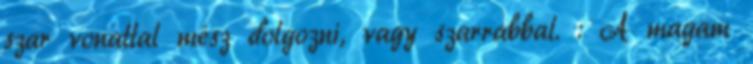
szar vonattal mész dolgozni, vagy szarrabbal. : A magam